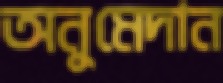
অনুমেদান